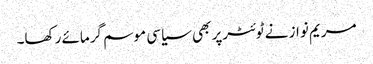
مریم نواز نے ٹوئٹرپر بھی سیاسی موسم گرمائے رکھا۔